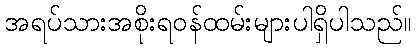
အရပ်သားအစိုးရဝန်ထမ်းများပါရှိပါသည်။